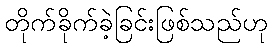
တိုက်ခိုက်ခဲ့ခြင်းဖြစ်သည်ဟု